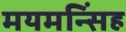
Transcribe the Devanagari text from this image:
मयमन्सिंह